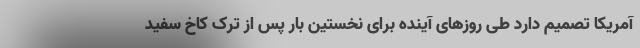
آمریکا تصمیم دارد طی روزهای آینده برای نخستین بار پس از ترک کاخ سفید